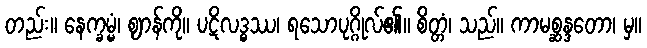
တည်း။ နေက္ခမ္မံ၊ ဈာန်ကို။ ပဋိလဒ္ဓဿ၊ ရသောပုဂ္ဂိုလ်၏။ စိတ္တံ၊ သည်။ ကာမစ္ဆန္ဒတော၊ မှ။